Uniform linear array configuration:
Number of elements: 16
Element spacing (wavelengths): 0.25
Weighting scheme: cosine
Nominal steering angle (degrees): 60
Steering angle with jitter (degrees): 61.682
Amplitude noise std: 0.05
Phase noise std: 0.05

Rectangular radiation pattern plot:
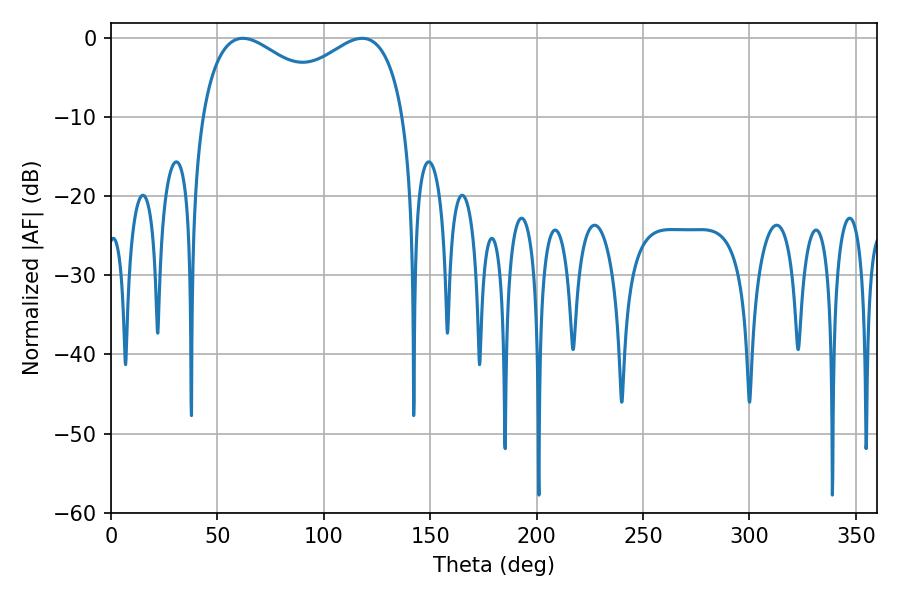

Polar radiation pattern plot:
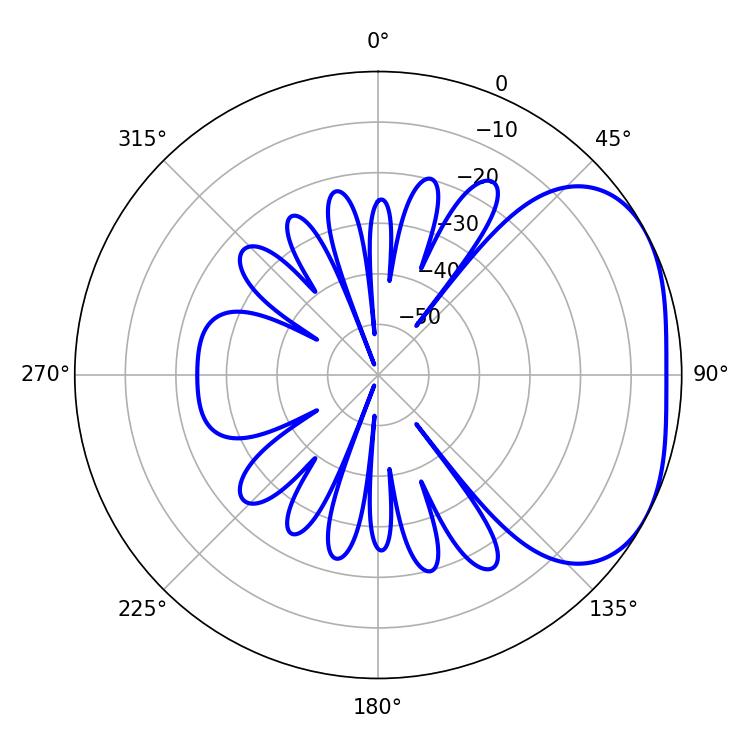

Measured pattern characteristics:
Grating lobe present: FALSE
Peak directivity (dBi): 2.977
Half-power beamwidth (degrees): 38.34
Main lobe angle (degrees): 61.92